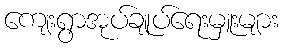
ကျေးရွာအုပ်ချုပ်ရေးမှူးများ